Annual administration report of the Civil Veterinary Department, Ajmere-Merwara, British Rajputana - 1914-1940
Year: 1914
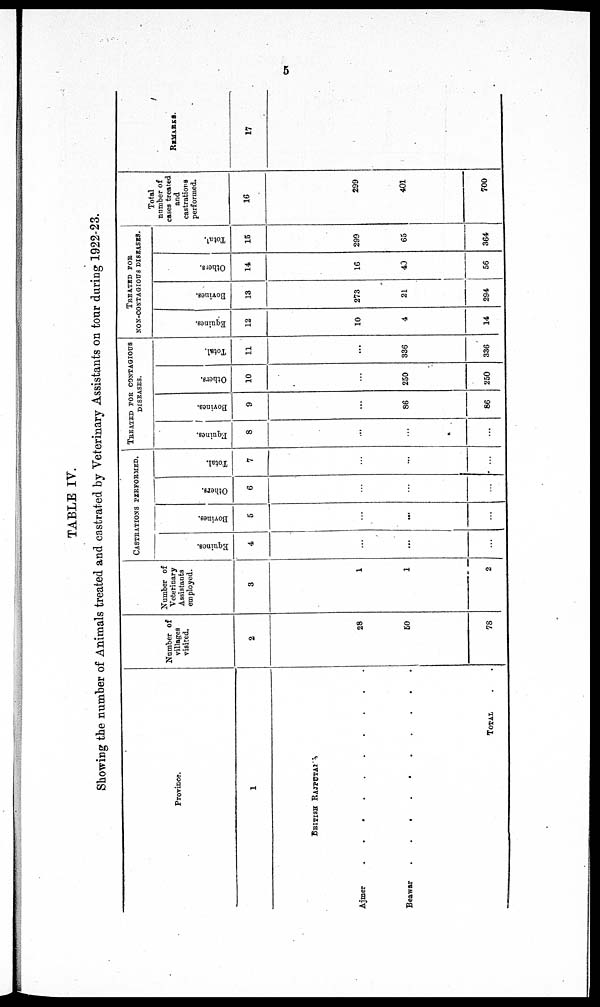
5
TABLE IV.
Showing the number of Animals treated and castrated by Veterinary Assistants on tour during 1922-23.
Province.
1
BRITISH RAJPUTANA
Ajmer.
. . . . . . . . .
Beawar.
. . . . . . . . .
TOTAL . .
CASTRATIONS PERFORMED.
Number of
villages
visited.
2
28
50
78
Number of
Veterinary
Assistants
employed.
3
1
1
2
Equines.
4
...
...
...
Bovines.
5
...
...
...
Others.
6
...
...
Total.
7
...
...
...
TREATED FOR CONTAGIOUS
DISEASES.
Equines.
8
...
...
Bovines.
9
...
86
86
Others.
10
...
250
250
Total.
11
...
336
336
TREATED FOR
NON-CONTAGIOUS DISEASES.
Equines.
12
10
4
14
Bovines.
13
273
21
294
Others.
14
16
40
56
Total.
15
299
65
364
Total
number of
cases treated
and
castrations
performed.
16
299
401
700
REMARKS.
17